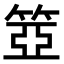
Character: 𥮳